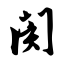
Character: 阂